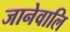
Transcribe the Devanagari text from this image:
जानेवालि